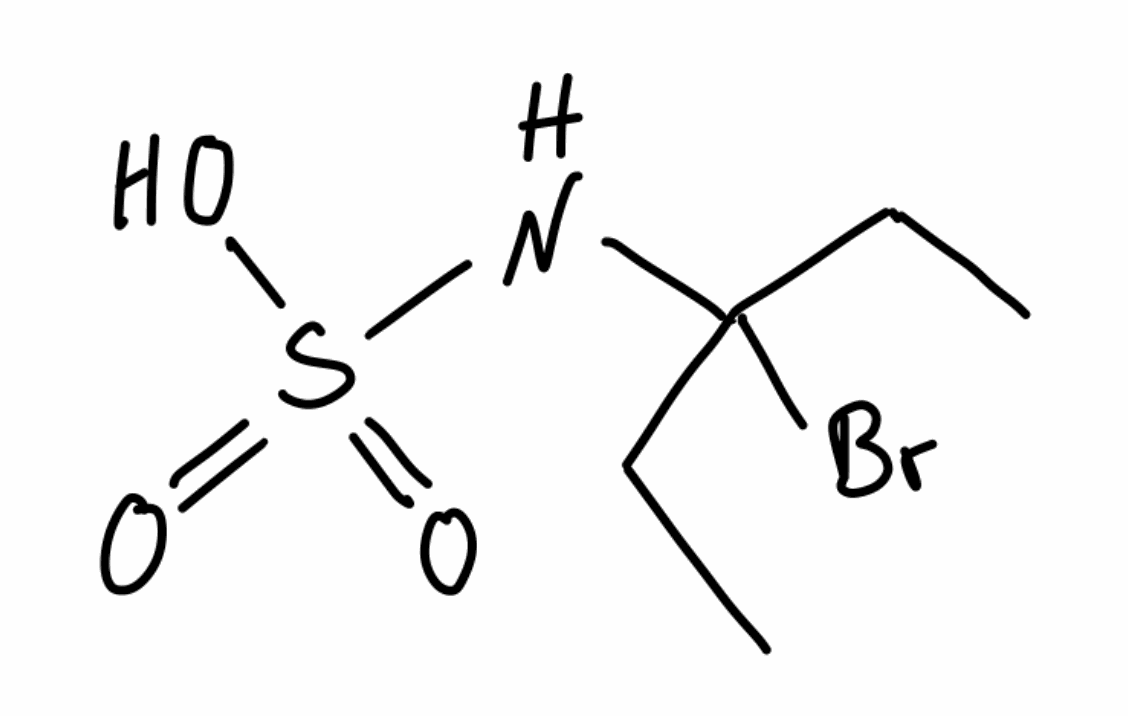
Simplified molecular-input line-entry system (SMILES) notation of the given molecule:
CCC(CC)(NS(=O)(=O)O)Br